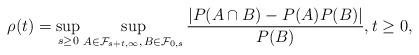
LaTeX: \begin{align*}\rho(t)=\sup_{s\geq0}\sup_{A\in\mathcal{F}_{s+t,\infty},\,B\in\mathcal{F}_{0,s}}\frac{|P(A\cap B)-P(A)P(B)|}{P(B)},t\geq0,\end{align*}